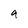
Character: q